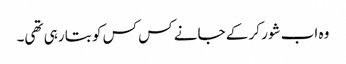
وہ اب شور کر کے جانے کس کس کو بتا رہی تھی۔